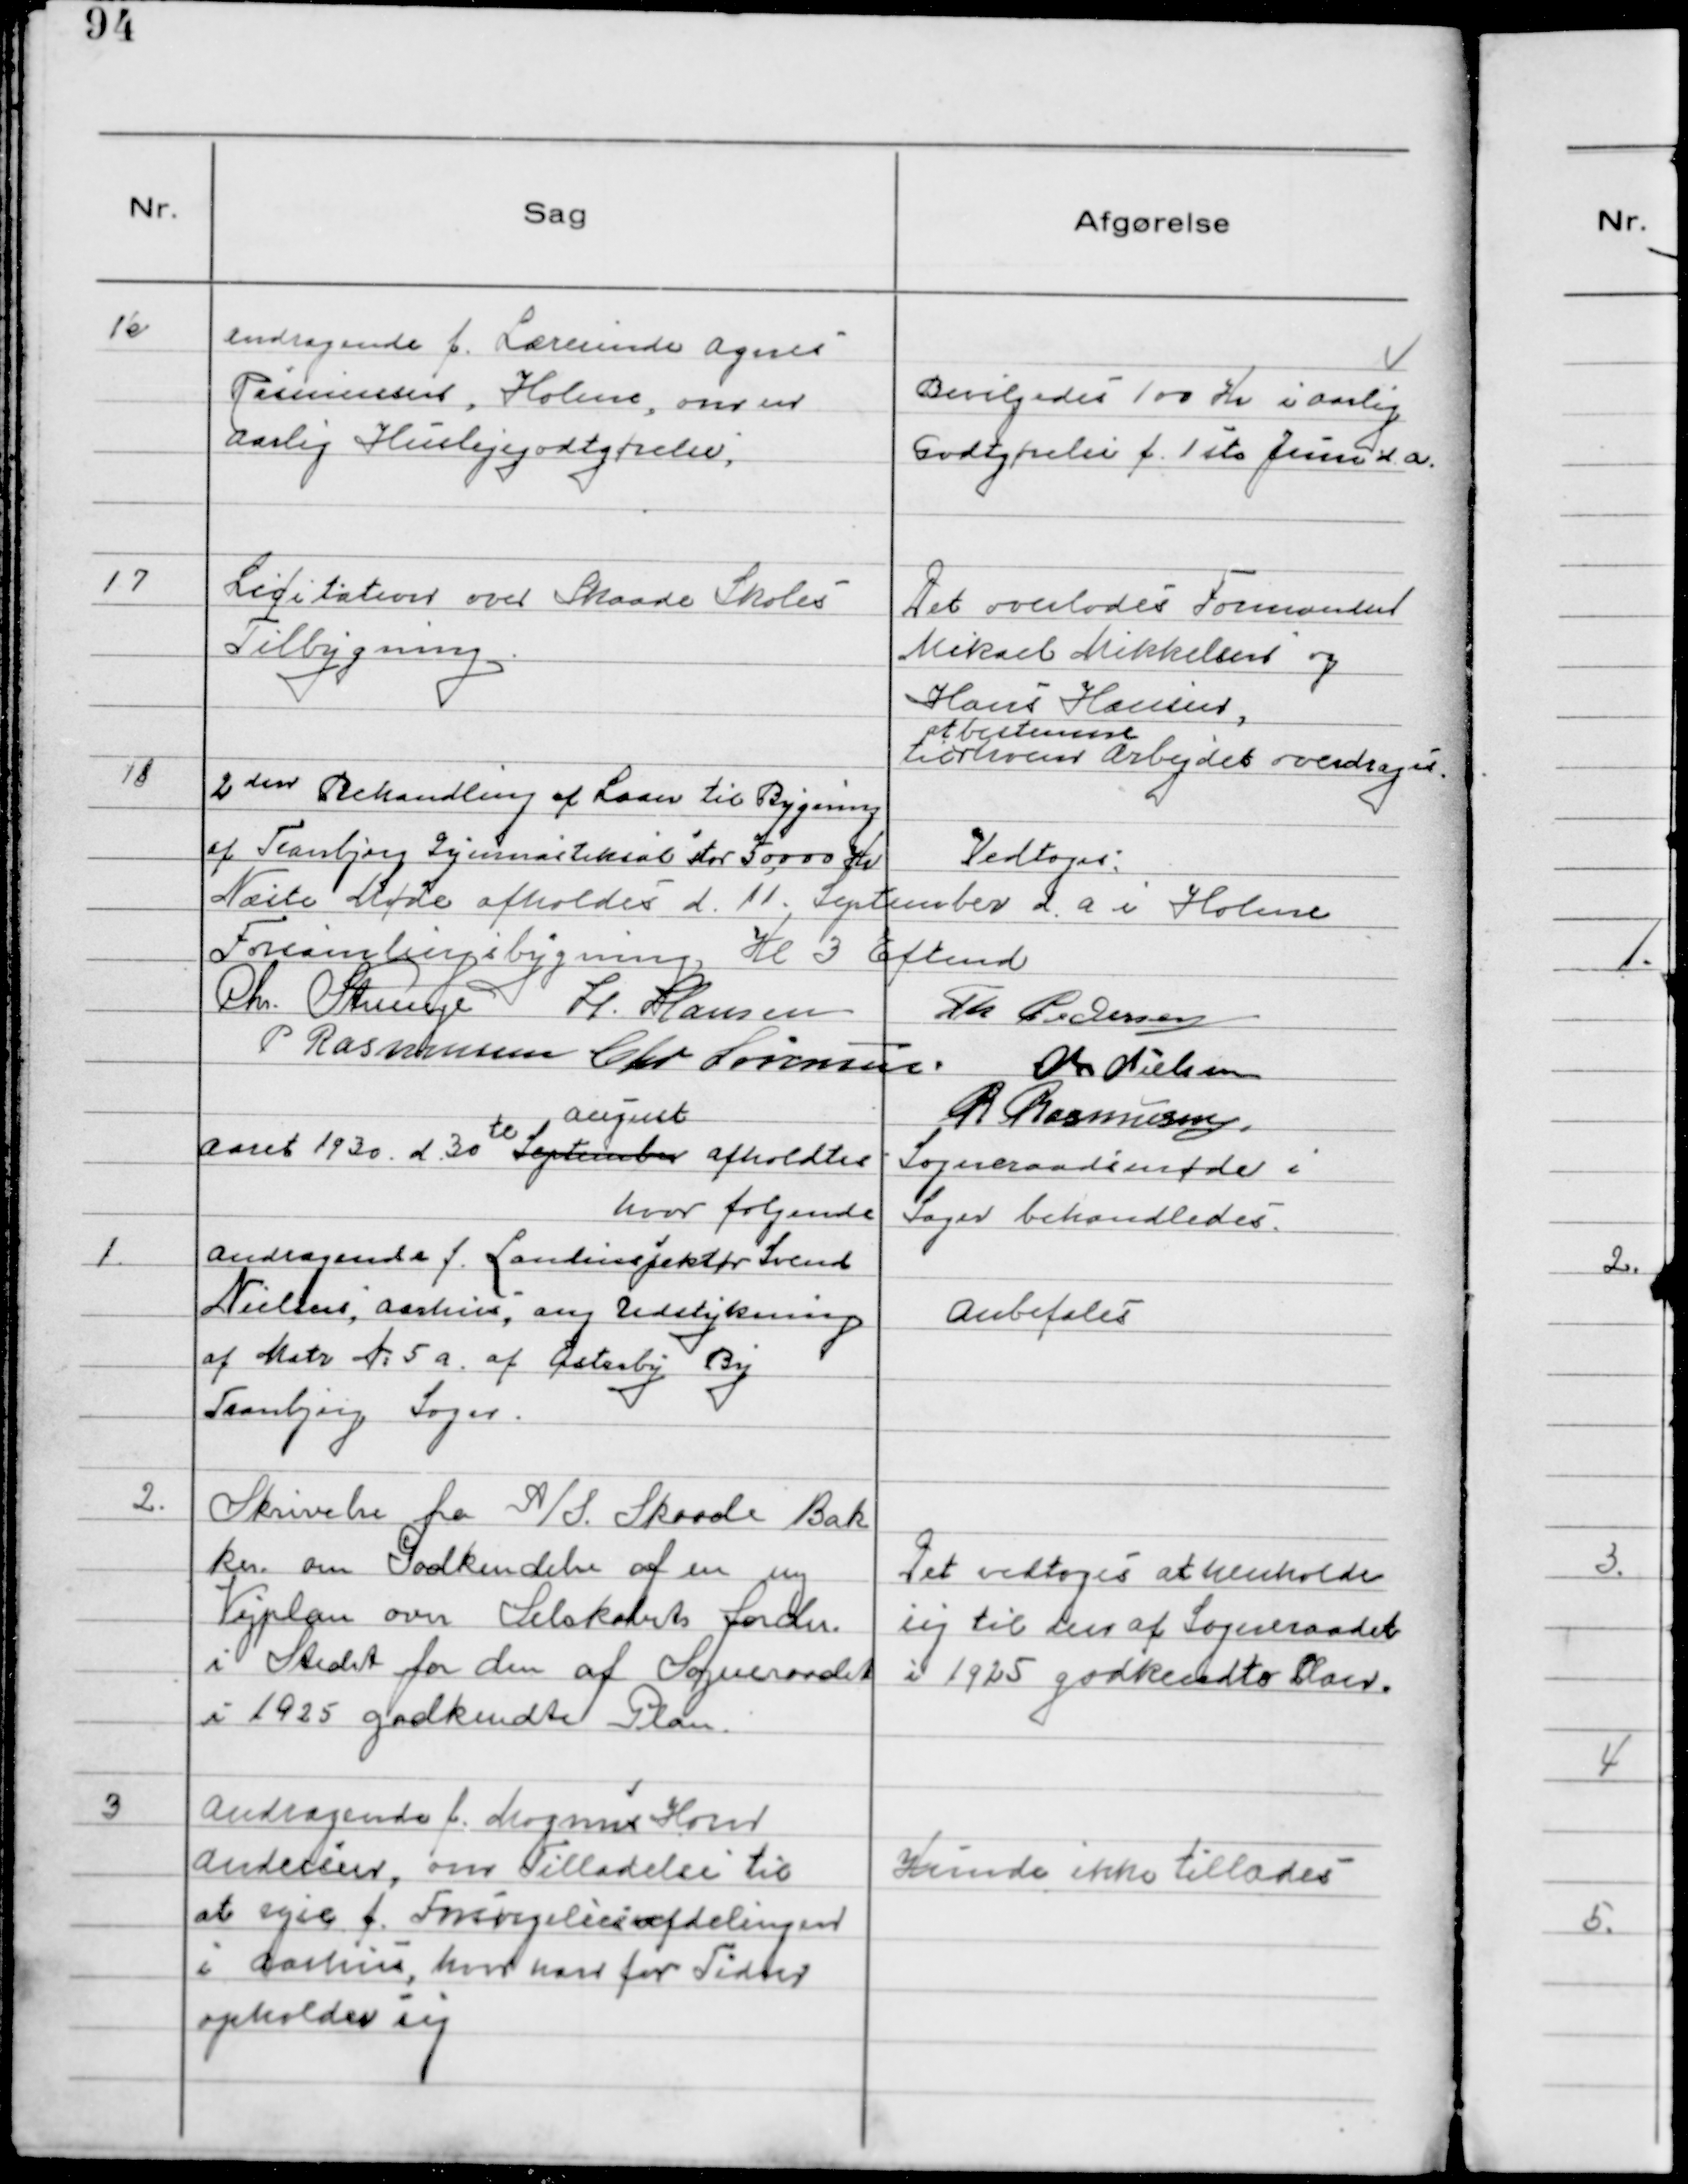
Transskription:
16 Andragende f. Lærerinde Agnes
Rasmussen, Holme, om en
Aarlig Huslejegodtgørelse,

Bevilgedes 100 Kr i Aarlig
Godtgørelse f. 1ste Juni d.a.

17 Licitation over Skaade Skoles
Tilbygning.

Det overlodes Formanden
Mikael Mikkelsen og
Hans Hansen,
at bestemme
til hvem arbejdet overdrages.

18 2 den Behandling af Laan til Bygning
af Tranbjerg Gymnastiksal stor 50000 Kr

Vedtoges

Næste Møde afholdes d. 11. September d.a i Holme
Forsamlingsbygning, Kl 3 Eftemd
Chr. Strunge H. Hansen Th Pedersen
P Rasmussen Chr Sørensen. Chr Nielsen
R Rasmussen.

Aaret 1930 d. 30te September
August
afholdtes Sogneraadsmøde i
hvor følgende Sager behandledes.

1. Andragende f. Landinspektør Svend
Nielsen, Aarhus, ang Udstykning
af Matr № 5a af Østerby By
Tranbjerg Sogn.

Anbefales

2. Skrivelse fra A/S Skaade Bak
ker om Godkendelse af en ny
Vejplan over Selskabets Jorder
i Stedet for den af Sogneraadet
i 1925 godkendte Plan.

Det vedtoges at henholde
sig til den af Sogneraadet
i 1925 godkendte Plan.

3 Andragende f. Magnus Horn
Andersen, om Tilladelse til
at rejse f. Forsørgelsesafdelingen
i Aarhus, hvor han for Tiden
opholder sig

Kunde ikke tillades